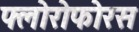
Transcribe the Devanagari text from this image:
फ्लोरोफोरस